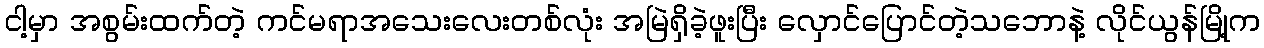
ငါ့မှာ အစွမ်းထက်တဲ့ ကင်မရာအသေးလေးတစ်လုံး အမြဲရှိခဲ့ဖူးပြီး လှောင်ပြောင်တဲ့သဘောနဲ့ လိုင်ယွန်မြို့က